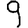
Digit: 9